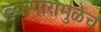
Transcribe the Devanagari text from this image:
व्यापारामुळेच